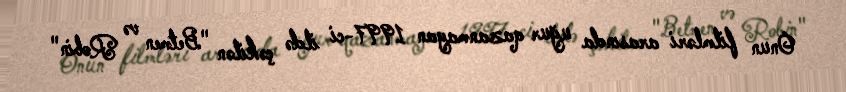
Onun filmləri arasında uğur qazanmayan 1997-ci ildə çəkilən "Betmen və Robin"